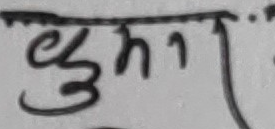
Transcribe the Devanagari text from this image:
धुमा